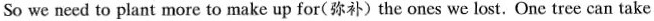
So we need to plant more to make up for(弥补)the ones we lost. One tree can take